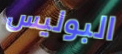
البوليس